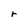
Character: r